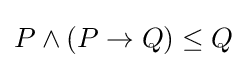
P\wedge (P\rightarrow Q)\leq Q